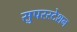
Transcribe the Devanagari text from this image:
सुपरस्टेशन